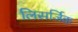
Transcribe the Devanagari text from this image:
लिसर्जिक